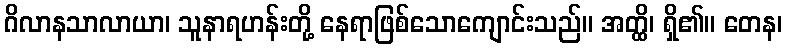
ဂိလာနသာလာယာ၊ သူနာရဟန်းတို့ နေရာဖြစ်သောကျောင်းသည်။ အတ္ထိ၊ ရှိ၏။ တေန၊